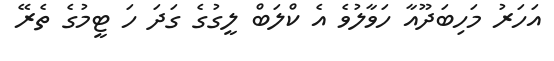
އަހަރު މަހިބަދޫއާ ހަވާލުވެ އެ ކްލަބް ލީގުގެ ގަދަ ހަ ޓީމުގެ ތެރޭ